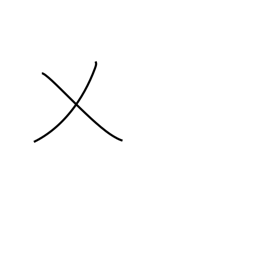
Meaning: cut grass